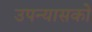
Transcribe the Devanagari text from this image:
उपन्यासको